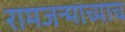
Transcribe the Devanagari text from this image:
रामजन्माच्याच